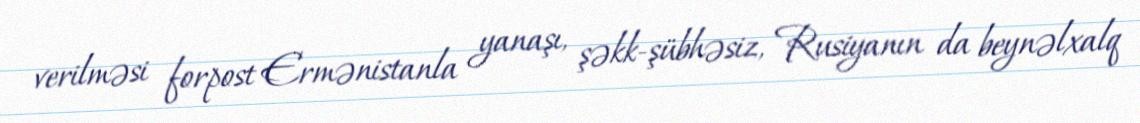
verilməsi forpost Ermənistanla yanaşı, şəkk-şübhəsiz, Rusiyanın da beynəlxalq